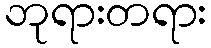
ဘုရားတရား